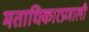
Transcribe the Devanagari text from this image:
मताधिकारप्रणाली